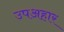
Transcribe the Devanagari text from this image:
उपअहार